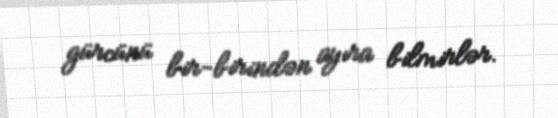
gürcünü bir-birindən ayıra bilmirlər.